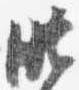
昨